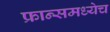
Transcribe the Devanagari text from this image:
फ्रान्समध्येच